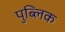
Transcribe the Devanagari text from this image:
पुब्लिक